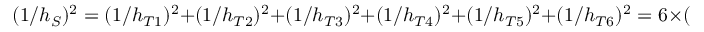
( 1 / h _ { S } ) ^ { 2 } = ( 1 / h _ { T 1 } ) ^ { 2 } + ( 1 / h _ { T 2 } ) ^ { 2 } + ( 1 / h _ { T 3 } ) ^ { 2 } + ( 1 / h _ { T 4 } ) ^ { 2 } + ( 1 / h _ { T 5 } ) ^ { 2 } + ( 1 / h _ { T 6 } ) ^ { 2 } = 6 \times ( 1 / h _ { T } ) ^ { 2 }